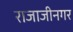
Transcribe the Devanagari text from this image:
राजाजीनगर